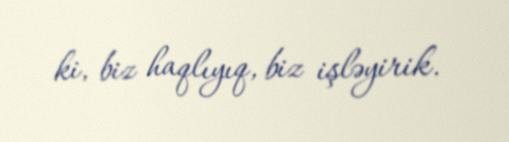
ki, biz haqlıyıq, biz işləyirik.